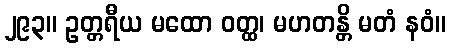
၂၉၃။ ဥတ္တရီယ မထော ဝတ္ထ၊ မဟတန္တိ မတံ နဝံ။